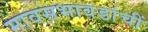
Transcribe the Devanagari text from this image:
मावसभावंडांचीं